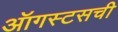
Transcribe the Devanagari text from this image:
ऑगस्टसची